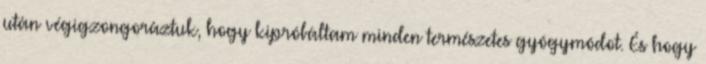
után végigzongoráztuk, hogy kipróbáltam minden természetes gyógymódot. És hogy